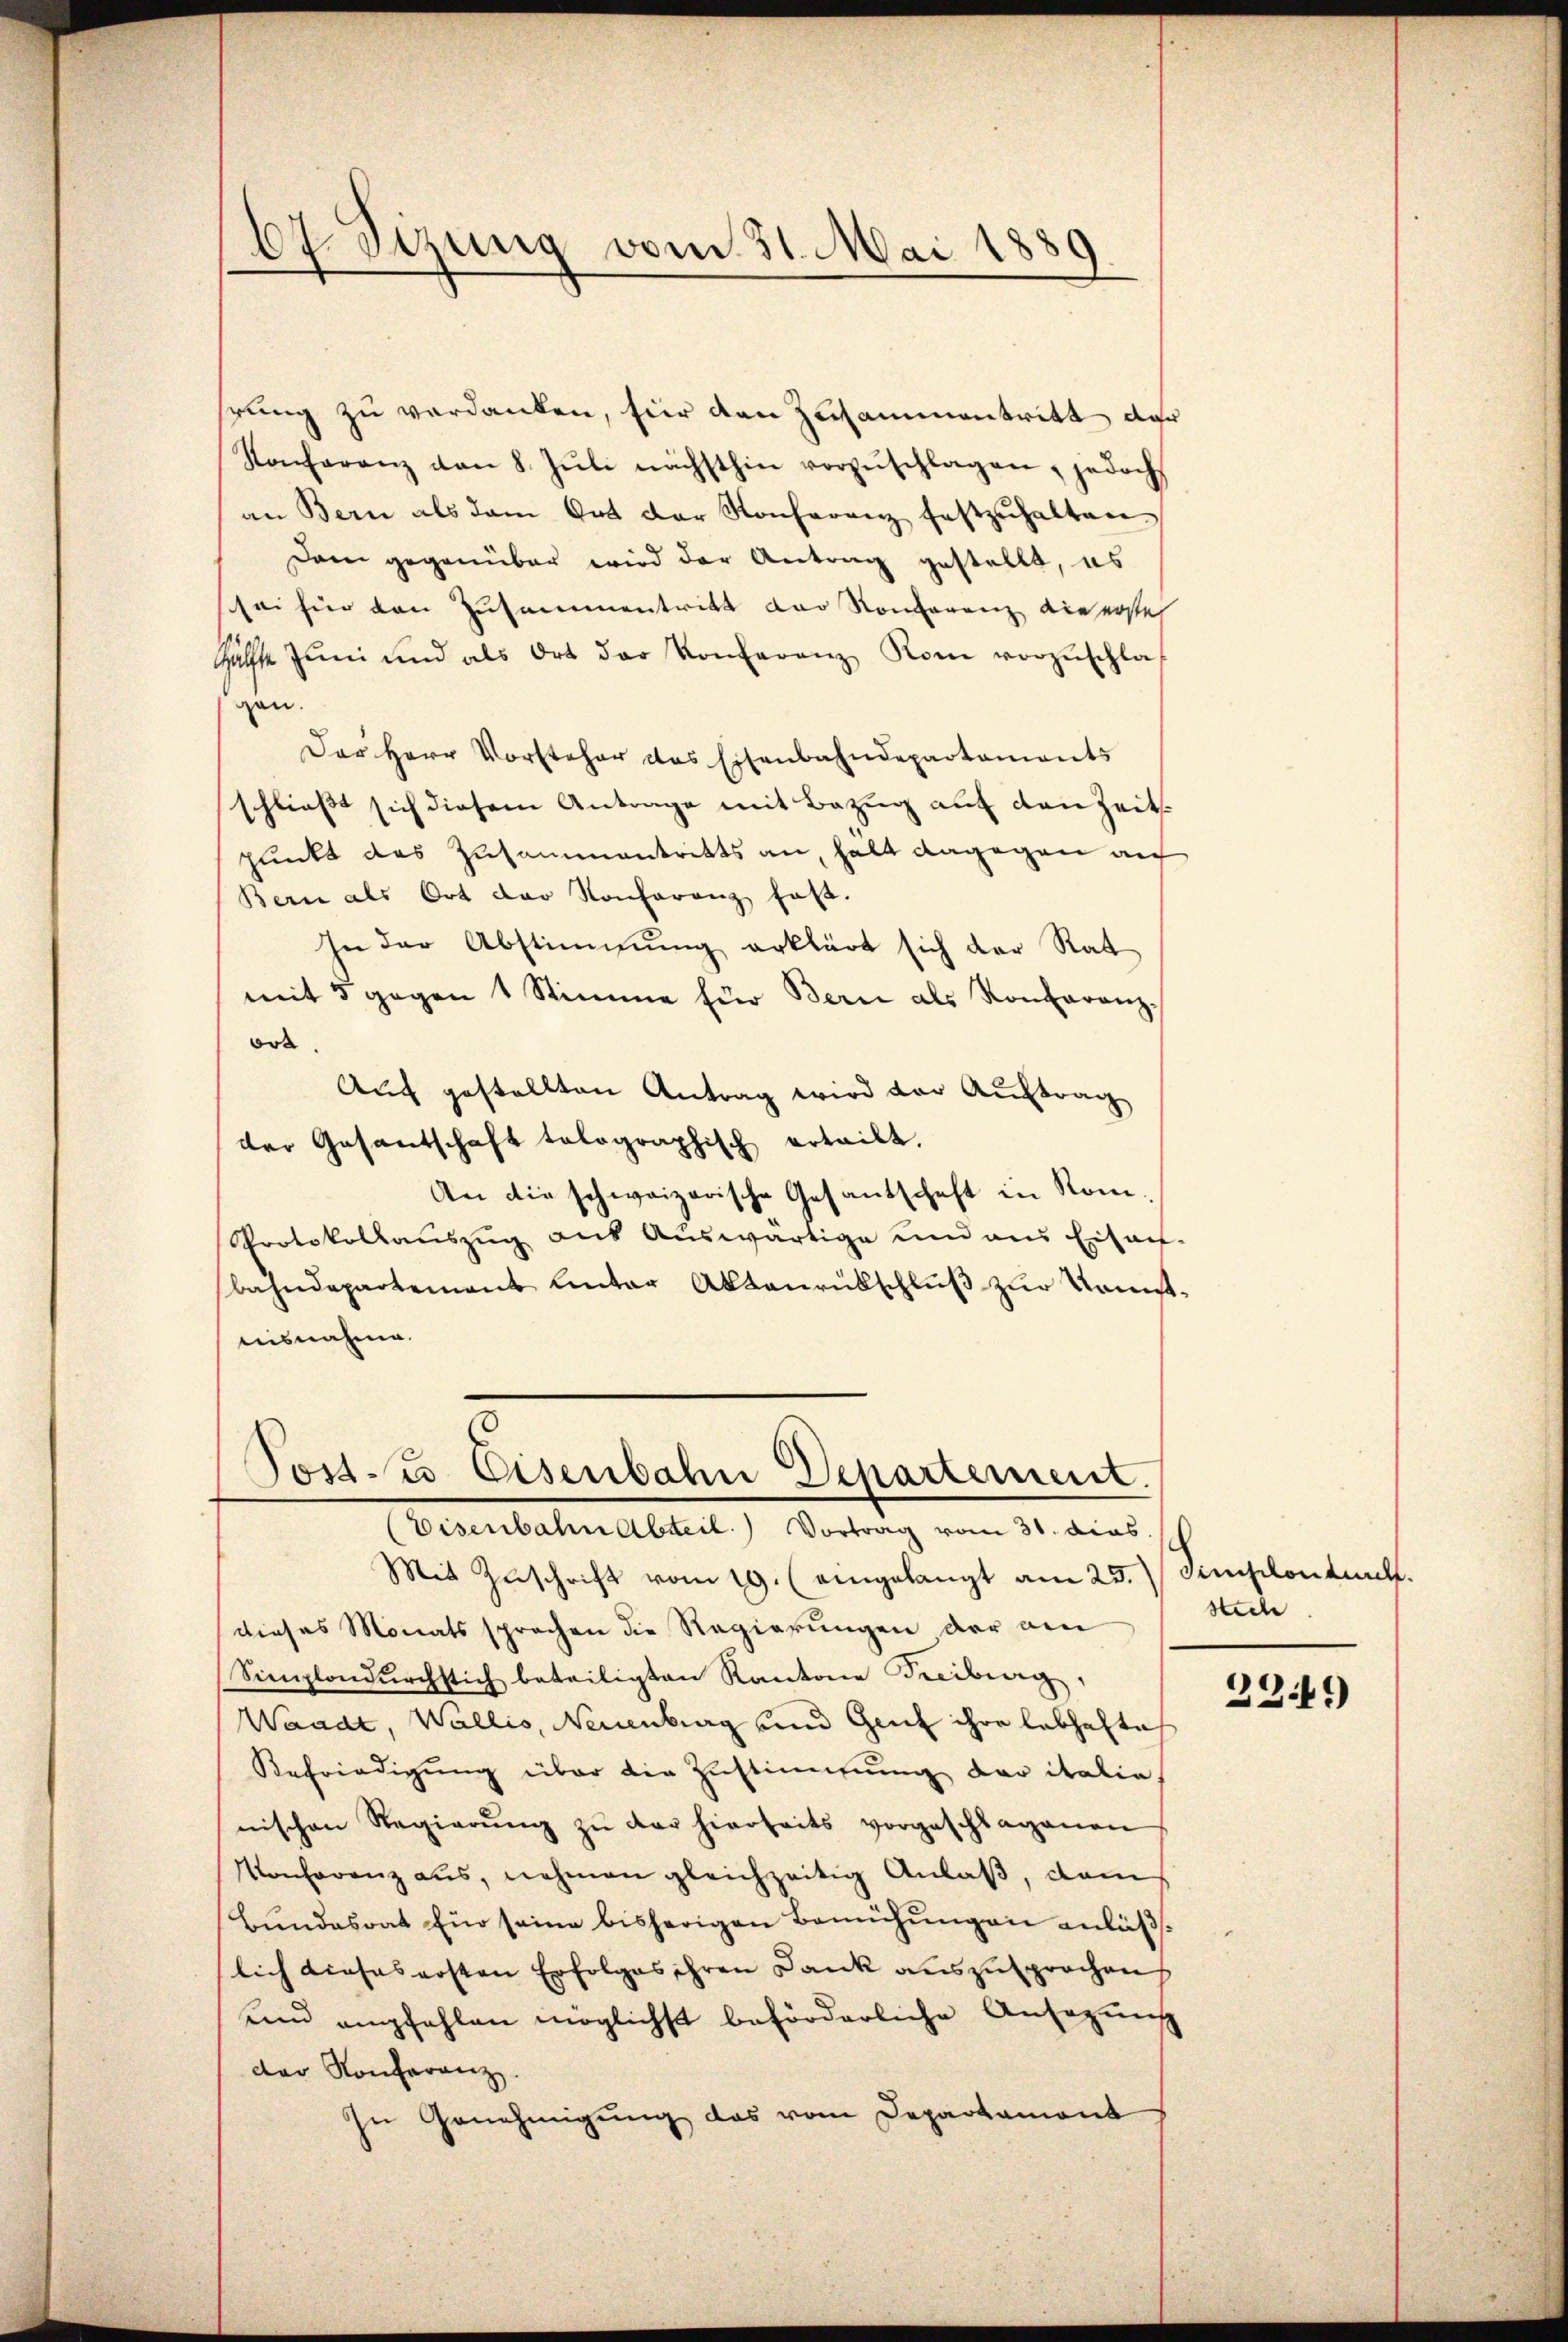
67. Sizung vom 31. Mai 1889

rung zu verdanken, hier den Zusammentritt der
Konferenz von 8. Jŭli nächsthin vorzŭschlagen, jedoch
an Bern als dem Ort der Konferenz festzŭhalten
Dam gegenüber wird der Antrag gestellt, es
sei hier den Zusammentritt der Konferenz vierstel
Hälfte Juni und als Ort der Konferenz Rom vorzŭschla-
gen.
Der Herr Vorsteher das Eisenbahndepartaments
schließt sich diesem Antrage mit Bezug auf den Zeitpunkt das Zusammentritts an, halt dagegen auf
Bern als Ort der Konferenz haft.
In der Abstimmung erklärt sich der Rat
mit 5 gegen 1 Stimme für Bern als Konfaranz-
or
Auf gestellten Antrag wird vor Auftrag
der Gesandschaft talographisch erteilt.
An die schweizerische Gesantschaft in Rom-
Protokollaŭszŭg aŭs Aŭswärtige und aus Eisauf-
bahndepartement Unter Aktenrütschluß zur Konstnisnahme.

Tost. Eisenbahn Departement.
(Eisenbahn Abteil. Vortrag vom 31. das

Mit Zuschrift vom 19. (eingelangt am 25. Auslondurch
dieses Monats sprechen die Regierungen der am
Simplondurchstich beteiligten Kantone Freiburg,
Waadt, Wallis, Neuenburg und Genf ihre lebhafte
Befriedigung über die Zustimmung der italie
nischen Regierŭng zŭ der hierheits vorgeschlagenen
Konferenz aus, nehmen gleichzeitig Anlaß, dam
Bŭndesrat Ein seine bisherigen Bemühŭngen anläβ
lich dieses ersten Erfolges ihren Dank auszusprochen
unnd empfehlen möglichst beförderliche Ansagung
der Konferenz.
In Genehmigung das vom Departament

stech

329)